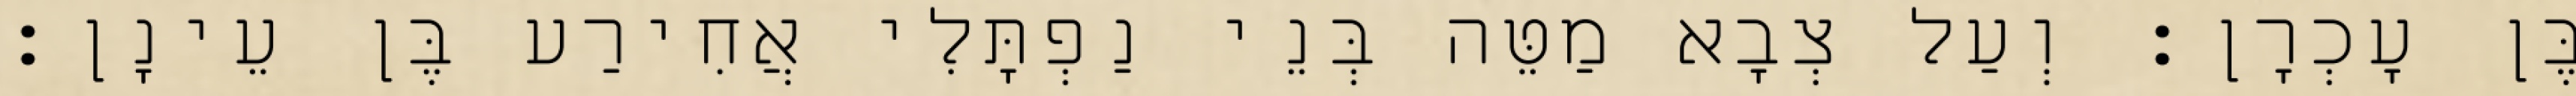
בֶּן עָכְרָן׃ וְעַל צְבָא מַטֵּה בְּנֵי נַפְתָּלִי אֲחִירַע בֶּן עֵינָן׃